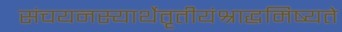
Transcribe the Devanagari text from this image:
संचयनस्यार्थेतृतीयंश्राद्धमिष्यते